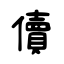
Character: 儥